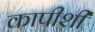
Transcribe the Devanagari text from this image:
कापीशी